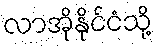
လာအိုနိုင်ငံသို့